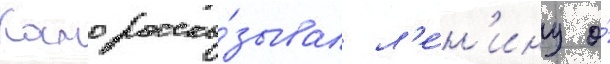
Камо расска́зывал л'е́н'ину о́